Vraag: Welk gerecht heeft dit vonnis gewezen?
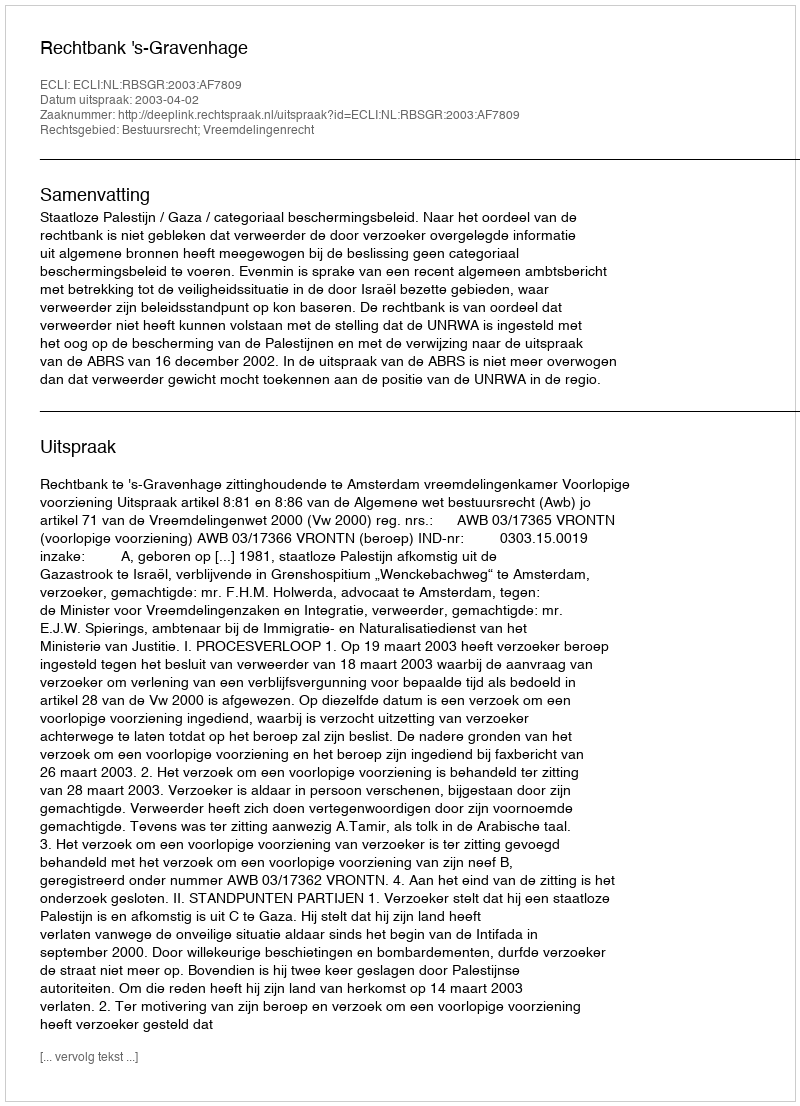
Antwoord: Rechtbank 's-Gravenhage